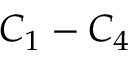
C _ { 1 } - C _ { 4 }